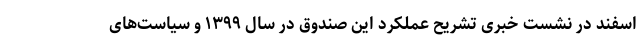
اسفند در نشست خبری تشریح عملکرد این صندوق در سال ۱۳۹۹ و سیاست‌های